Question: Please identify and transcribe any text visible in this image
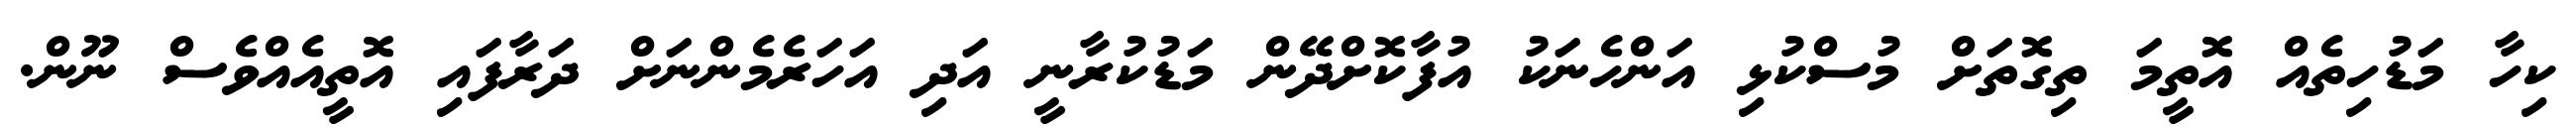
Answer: ކިހާ މަޑުހިތެއް އޮތީމަ ތިގޮތަށް މުސްކުޅި އަންހެނަކު އުފާކޮށްދޭން މަޑުކުރާނީ އަދި އަހަރެމެންނަށް ދަރާފައި އޮތީއެއްވެސް ނޫން.